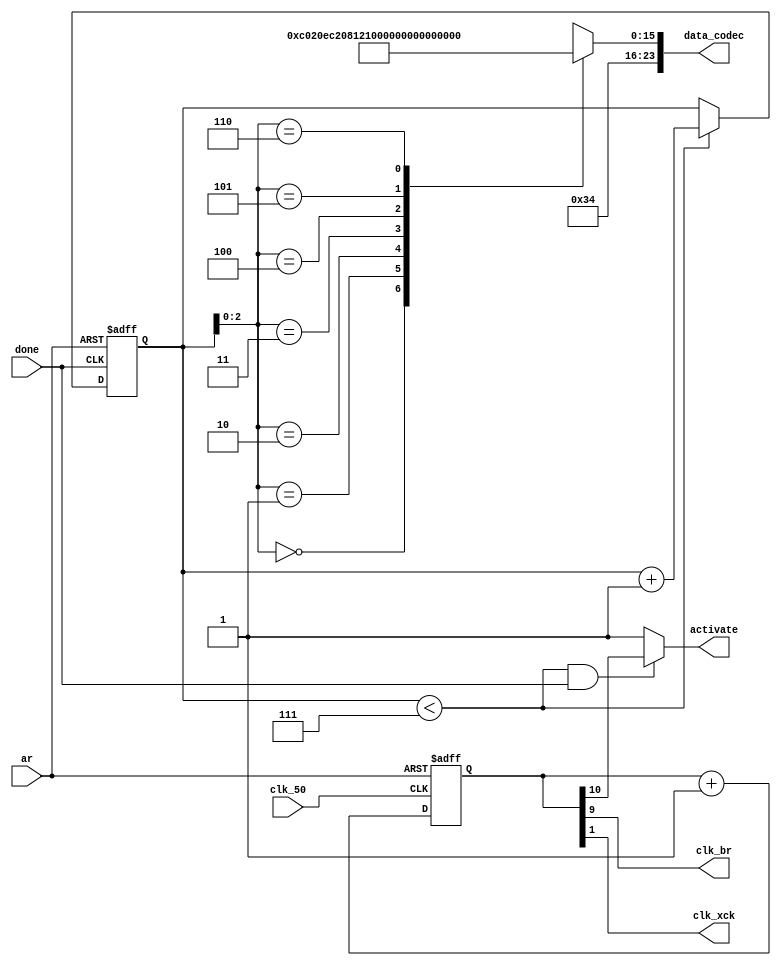
                         
module data_setup (
	clk_50,
	clk_br,
	data_codec,
	done,
	ar,
	activate,
	clk_xck
);
	input  clk_50;
	input  done;
	input  ar;
	output clk_br;
	output [23:0]data_codec;
	output activate;
	output clk_xck;


reg  [10:0]counter;

wire  clk_br=counter[9];//48.8KHz clock
wire  clk_xck=counter[1];//12.5MHz clock

wire  [15:0]ctrl_word[6:0];//data to write to the codec registers
reg  [5:0]address;//address of the registers

wire [23:0]data_codec={8'h34,ctrl_word[address]};
	
wire  activate =((address < 6'd7) && (done==1'b1))? counter[10]:1'b1;

always @(negedge ar or posedge done) begin
	if (~ar) 
		address=0;
	else 
		if (address < 6'd7) 
			address=address+6'd1;
end


assign	ctrl_word[0]= 16'h0c02;	     //power down
assign	ctrl_word[1]= 16'h0ec2;	     //master
assign	ctrl_word[2]= 16'h0812;	     //sound select	
assign	ctrl_word[3]= 16'h1000;		 //mclk	and sampling freq setup
assign	ctrl_word[4]= 16'h001d;		 //LLine in 
assign	ctrl_word[5]= 16'h021d;		 //RLine in
assign	ctrl_word[6]= 16'h1201;		 //active


always @(negedge ar or posedge clk_50 ) 
	if(~ar)
		counter = 0;
	else
		counter=counter+11'd1;


endmodule